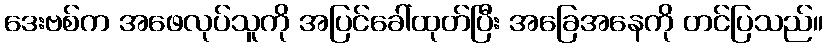
ဒေးဗစ်က အဖေလုပ်သူကို အပြင်ခေါ်ထုတ်ပြီး အခြေအနေကို တင်ပြသည်။